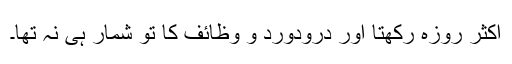
اکثر روزہ رکھتا اور درودورد و وظائف کا تو شمار ہی نہ تھا۔